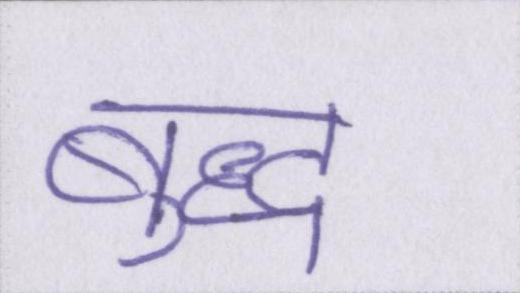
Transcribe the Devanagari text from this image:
बुद्ध